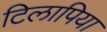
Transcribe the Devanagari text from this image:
टिलापिया